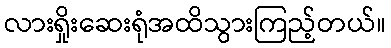
လားရှိုးဆေးရုံအထိသွားကြည့်တယ်။